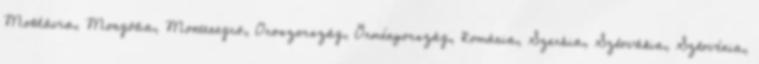
Moldávia, Mongólia, Montenegró, Oroszország, Örményország, Románia, Szerbia, Szlovákia, Szlovénia,